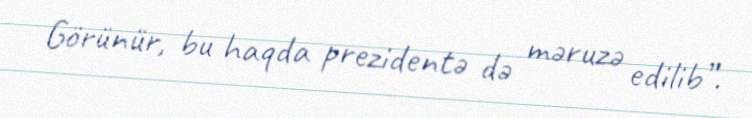
Görünür, bu haqda prezidentə də məruzə edilib”.